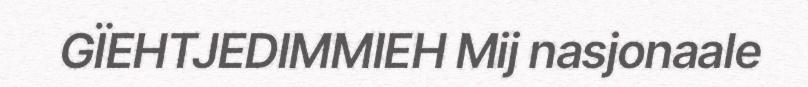
GÏEHTJEDIMMIEH Mij nasjonaale